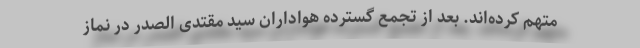
متهم کرده‌اند. بعد از تجمع گسترده هواداران سید مقتدی الصدر در نماز